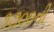
૧૭૦૦ની